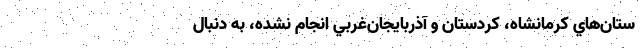
ستان‌هاي كرمانشاه، كردستان و آذربايجان‌غربي انجام نشده، به دنبال